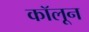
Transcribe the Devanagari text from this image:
कॉलून